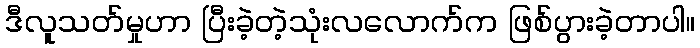
ဒီလူသတ်မှုဟာ ပြီးခဲ့တဲ့သုံးလလောက်က ဖြစ်ပွားခဲ့တာပါ။